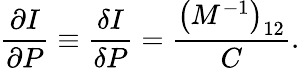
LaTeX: \frac{\partial I}{\partial P}\equiv\frac{\delta I}{\delta P}=\frac{\left(M^{-1}\right)_{12}}{C}.